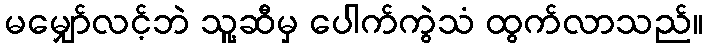
မမျှော်လင့်ဘဲ သူ့ဆီမှ ပေါက်ကွဲသံ ထွက်လာသည်။